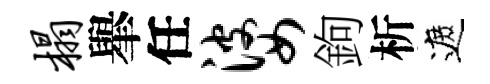
榻𦦙任婆鉤析遮